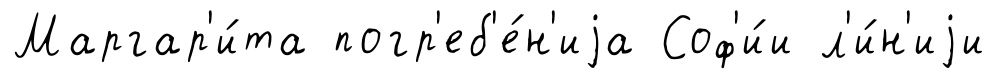
Маргар'и́та погр'еб'е́н'иjа Соф'и́и л'и́н'иjи